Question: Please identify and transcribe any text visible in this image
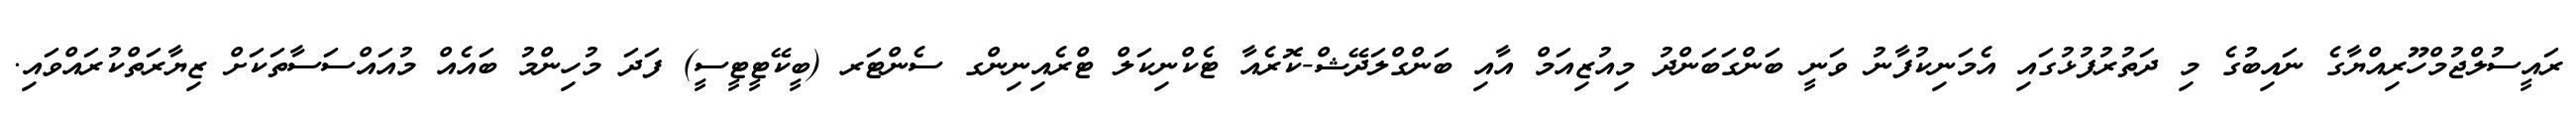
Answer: ރައީސުލްޖުމްހޫރިއްޔާގެ ނައިބުގެ މި ދަތުރުފުޅުގައި އެމަނިކުފާނު ވަނީ ބަންގަބަންދު މިއުޒިއަމް އާއި ބަންގްލަދޭޝް-ކޮރެއާ ޓެކްނިކަލް ޓްރެއިނިންގ ސެންޓަރ (ބީކޭޓީޓީސީ) ފަދަ މުހިންމު ބައެއް މުއައްސަސާތަކަށް ޒިޔާރަތްކުރައްވައި.